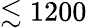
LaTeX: \lesssim 1200